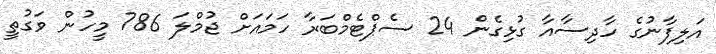
އަލިފާނުގެ ހާދިސާއާ ގުޅިގެން 24 ސެޕްޓެމްބަރާ ހަމައަށް ޖުމްލަ 786 މީހުން ވަގުތީ